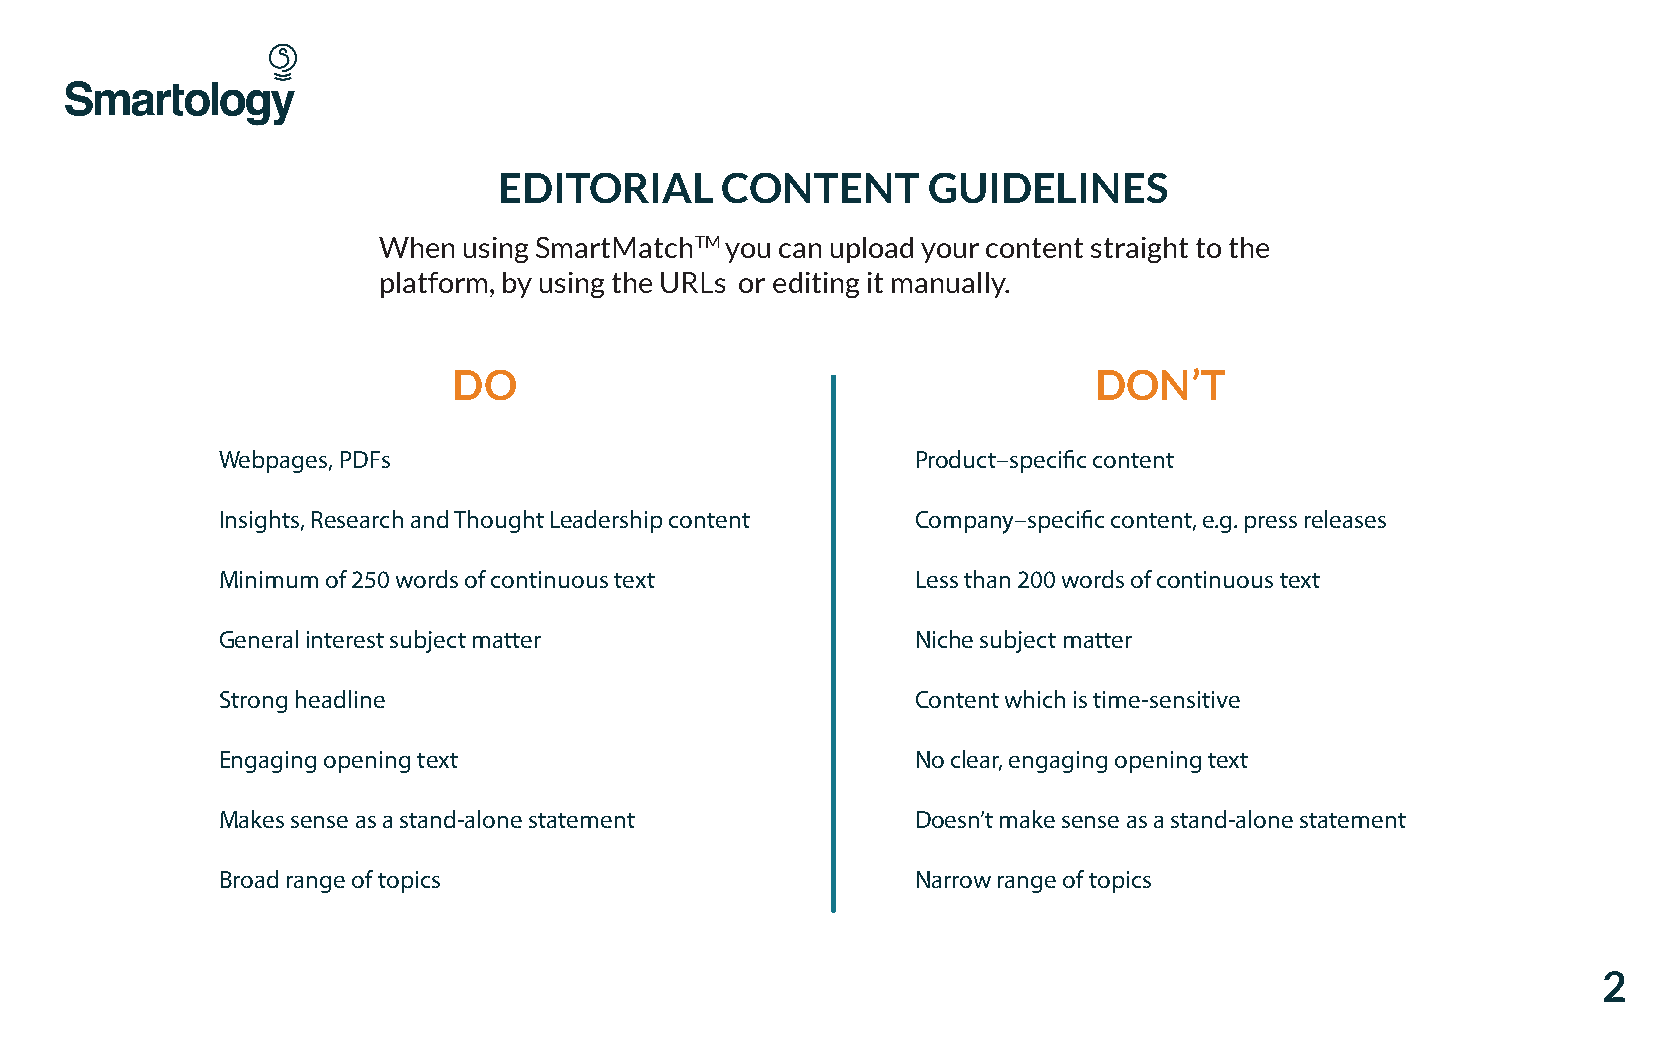
EDITORIAL      CONTENT      GUIDELINES
 When  using SmartMatchTM you can upload your content straight to the
 platform, by using the URLs or editing it manually.
 DO                                        DON’T
 Webpages, PDFs                                 Product–specific content
 Insights, Research and Thought Leadership content Company–specific content, e.g. press releases
 Minimum of 250 words of continuous text        Less than 200 words of continuous text
 General interest subject matter                Niche subject matter
 Strong headline                                Content which is time-sensitive
 Engaging opening text                          No clear, engaging opening text
 Makes sense as a stand-alone statement         Doesn’t make sense as a stand-alone statement
 Broad range of topics                          Narrow range of topics
 2